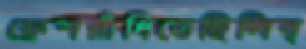
ফ্রেশরাঁধিতেছিলিব্